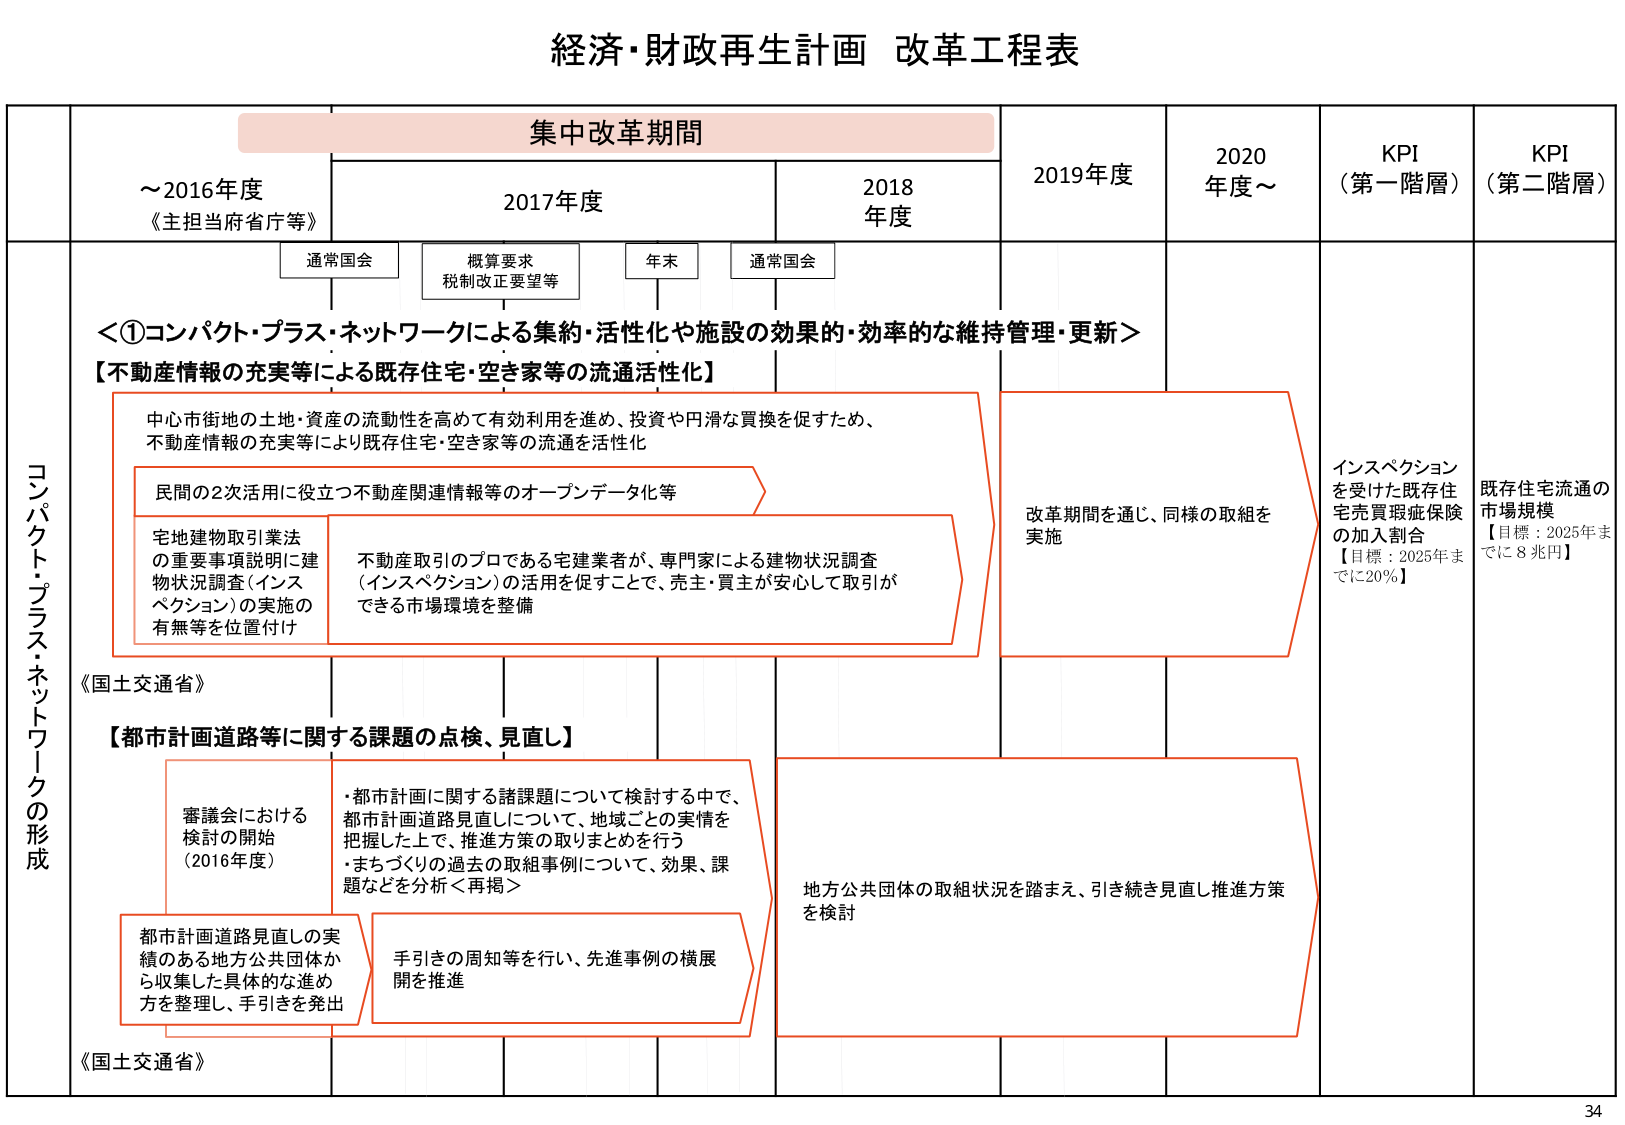
経済・財政再生計画 改革工程表

集中改革期間

～2016年度
《主担当府省庁等》

2017年度

2018年度

2019年度

2020年度～

KPI（第一階層）

KPI（第二階層）

通常国会

概算要求
税制改正要望等

年末

通常国会

＜①コンパクト・プラス・ネットワークによる集約・活性化や施設の効果的・効率的な維持管理・更新＞

【不動産情報の充実等による既存住宅・空き家等の流通活性化】

中心市街地の土地・資産の流動性を高めて有効利用を進め、投資や円滑な買換を促すため、
不動産情報の充実等により既存住宅・空き家等の流通を活性化

民間の2次活用に役立つ不動産関連情報等のオープンデータ化等

宅地建物取引業法
の重要事項説明に建物状況調査（インスペクション）の実施の有無等を位置付け

不動産取引のプロである宅建業者が、専門家による建物状況調査（インスペクション）の活用を促すことで、売主・買主が安心して取引ができる市場環境を整備

改革期間を通じ、同様の取組を実施

インスペクションを受けた既存住宅売買瑕疵保険の加入割合
【目標：2025年までに20％】

既存住宅流通の市場規模
【目標：2025年までに8兆円】

コンパクト・プラス・ネットワークの形成

《国土交通省》

【都市計画道路等に関する課題の点検、見直し】

審議会における検討の開始（2016年度）

・都市計画に関する諸課題について検討する中で、都市計画道路見直しについて、地域ごとの実情を把握した上で、推進方策の取りまとめを行う
・まちづくりの過去の取組事例について、効果、課題などを分析＜再掲＞

都市計画道路見直しの実績のある地方公共団体から収集した具体的な進め方を整理し、手引きを発出

手引きの周知等を行い、先進事例の横展開を推進

地方公共団体の取組状況を踏まえ、引き続き見直し推進方策を検討

《国土交通省》

34